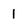
Character: I